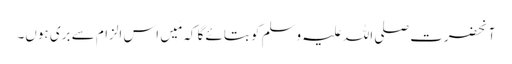
آنحضرت صلی اللہ علیہ وسلم کو بتائے گا کہ مَیں اس الزام سے بری ہوں۔